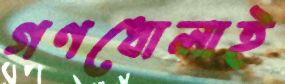
গণধোলাই